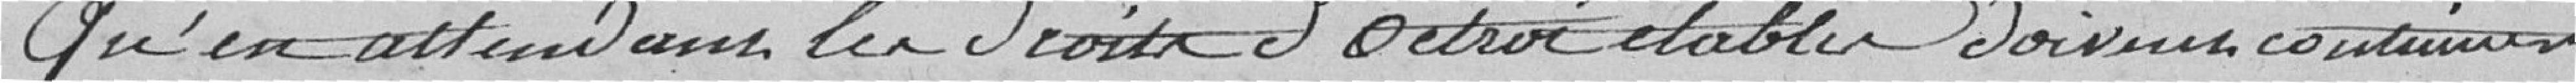
Qu'en attendant le droit d'octroi établit doit continuer